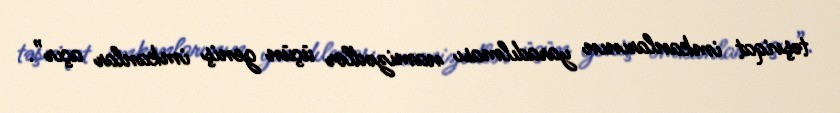
təşviqat imkanlarının yaradılması namizədlər üçün geniş imkanlar açır”.